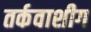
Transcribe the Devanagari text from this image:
तर्कवाशीग